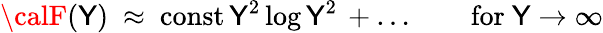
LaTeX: {\calF}(\mathsf{Y})~\approx~\mathrm{{const}}\, \mathsf{Y}^{2}\log{\mathsf{Y}^{2}}\, +\ldots\qquad\mathrm{{for~}}\mathsf{Y}\to\infty